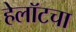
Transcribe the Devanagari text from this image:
हेलॉटचा